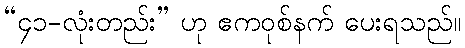
“၄၁-လုံးတည်း” ဟု ဧကဝုစ်နက် ပေးရသည်။